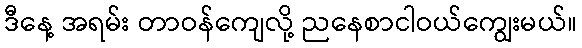
ဒီနေ့ အရမ်း တာဝန်ကျေလို့ ညနေစာငါဝယ်ကျွေးမယ်။